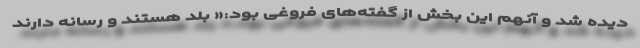
دیده شد و آنهم این بخش از گفته‌های فروغی بود:« بلد هستند و رسانه دارند